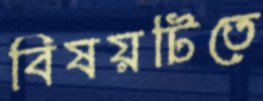
বিষয়টিতে